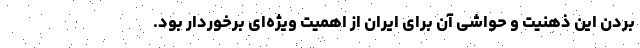
بردن این ذهنیت و حواشی آن برای ایران از اهمیت ویژه‌ای برخوردار بود.